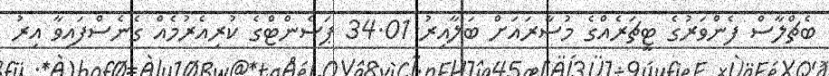
ބެޗްލާސް ފެންވަރުގެ ޓީޗަރެއްގެ މުސާރައަށް ބަލާއިރު 34.01 ޕަސެންޓްގެ ކުރިއެރުމެއް ގެނެސްފައިވާ އިރު